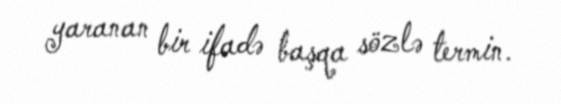
yaranan bir ifadə başqa sözlə termin.